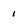
Character: i